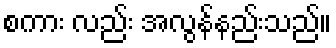
စကား လည်း အလွန်နည်းသည်။